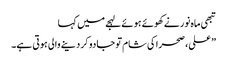
تبھی ماہ نور نے کھوئے ہوئے لہجے میں کہا
” علی، صحرا کی شام تو جادو کر دینے والی ہوتی ہے۔